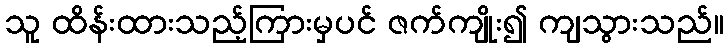
သူ ထိန်းထားသည့်ကြားမှပင် ဇက်ကျိုး၍ ကျသွားသည်။